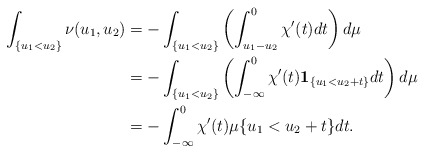
\begin{align*}\int_{\{u_1< u_2\}} \nu(u_1,u_2)&=-\int_{\{u_1< u_2\}}\left(\int_{u_1-u_2}^0\chi'(t)dt\right)d\mu\\&=-\int_{\{u_1< u_2\}}\left(\int_{-\infty}^0\chi'(t)\mathbf{1}_{\{u_1<u_2+t\}}dt\right)d\mu\\&=-\int_{-\infty}^0\chi'(t)\mu\{u_1<u_2+t\}dt.\end{align*}